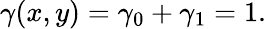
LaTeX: \gamma(x,y)=\gamma_{0}+\gamma_{1}=1.